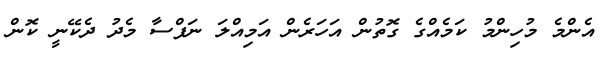
އެންމެ މުހިންމު ކަމެއްގެ ގޮތުން އަހަރެން އަމިއްލަ ނަފްސާ މެދު ދެކޭނީ ކޮން